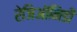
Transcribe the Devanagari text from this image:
रेजिऑनिडी